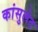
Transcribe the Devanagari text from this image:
कांसुलेट